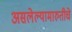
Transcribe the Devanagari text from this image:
असलेल्यामारुतीचे